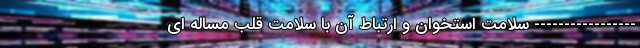
----------------- سلامت استخوان و ارتباط آن با سلامت قلب مساله ای